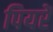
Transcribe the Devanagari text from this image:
पियरें